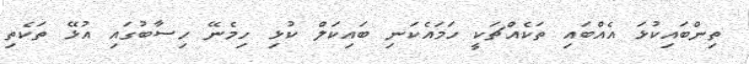
ތިންބައިކުޅަ އެއްބައި ތަކެއްޗަކީ ހަމައެކަނި ބައިކަލް ކުޅި ހިމެނޭ ހިސާބުގައި އުޅޭ ތަކެތި